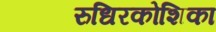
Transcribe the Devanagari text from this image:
रुधिरकोशिका